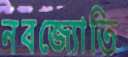
নবজ্যোতি